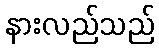
နားလည်သည်